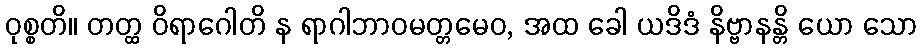
ဝုစ္စတိ။ တတ္ထ ဝိရာဂေါတိ န ရာဂါဘာဝမတ္တမေဝ, အထ ခေါ ယဒိဒံ နိဗ္ဗာနန္တိ ယော သော